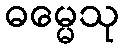
ဓမ္မေသု